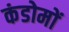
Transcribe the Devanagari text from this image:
कंडोमों